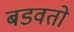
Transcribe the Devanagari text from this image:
बडवतो